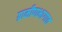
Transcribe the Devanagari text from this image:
ग्रामीणभागात